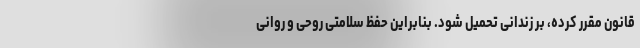
قانون مقرر كرده، بر زندانی تحمیل شود. بنابراین حفظ سلامتی روحی و روانی